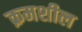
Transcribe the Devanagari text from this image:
क्रमशील